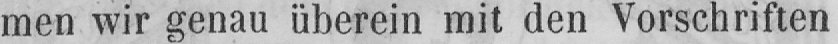
men wir genau überein mit den Vorschriften